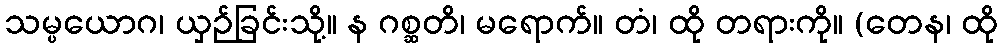
သမ္ပယောဂ၊ ယှဉ်ခြင်းသို့။ န ဂစ္ဆတိ၊ မရောက်။ တံ၊ ထို တရားကို။ (တေန၊ ထို